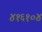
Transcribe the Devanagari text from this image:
४१६१०४